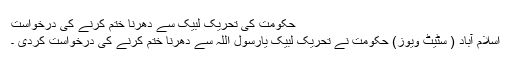
حکومت کی تحریک لبیک سے دھرنا ختم کرنے کی درخواست
اسلام آباد ( سٹیٹ ویوز) حکومت نے تحریک لبیک یارسول اللہ سے دھرنا ختم کرنے کی درخواست کردی ۔